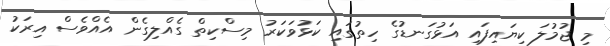
މި ޖުމުލަ ކިޔައިފައި އަޅުގަނޑުގެ ހިތުގައި ކަޅުވަކަރު މިސްކިތް ގެއްލިގެން އެއްވެސް އިރަކު